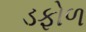
ડફોળ